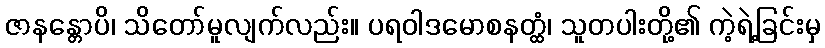
ဇာနန္တောပိ၊ သိတော်မူလျက်လည်း။ ပရဝါဒမောစနတ္ထံ၊ သူတပါးတို့၏ ကဲ့ရဲ့ခြင်းမှ